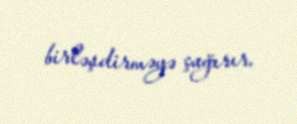
birləşdirməyə çağırır.